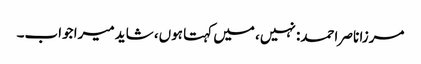
مرزا ناصر احمد: نہیں، میں کہتا ہوں، شاید میرا جواب۔